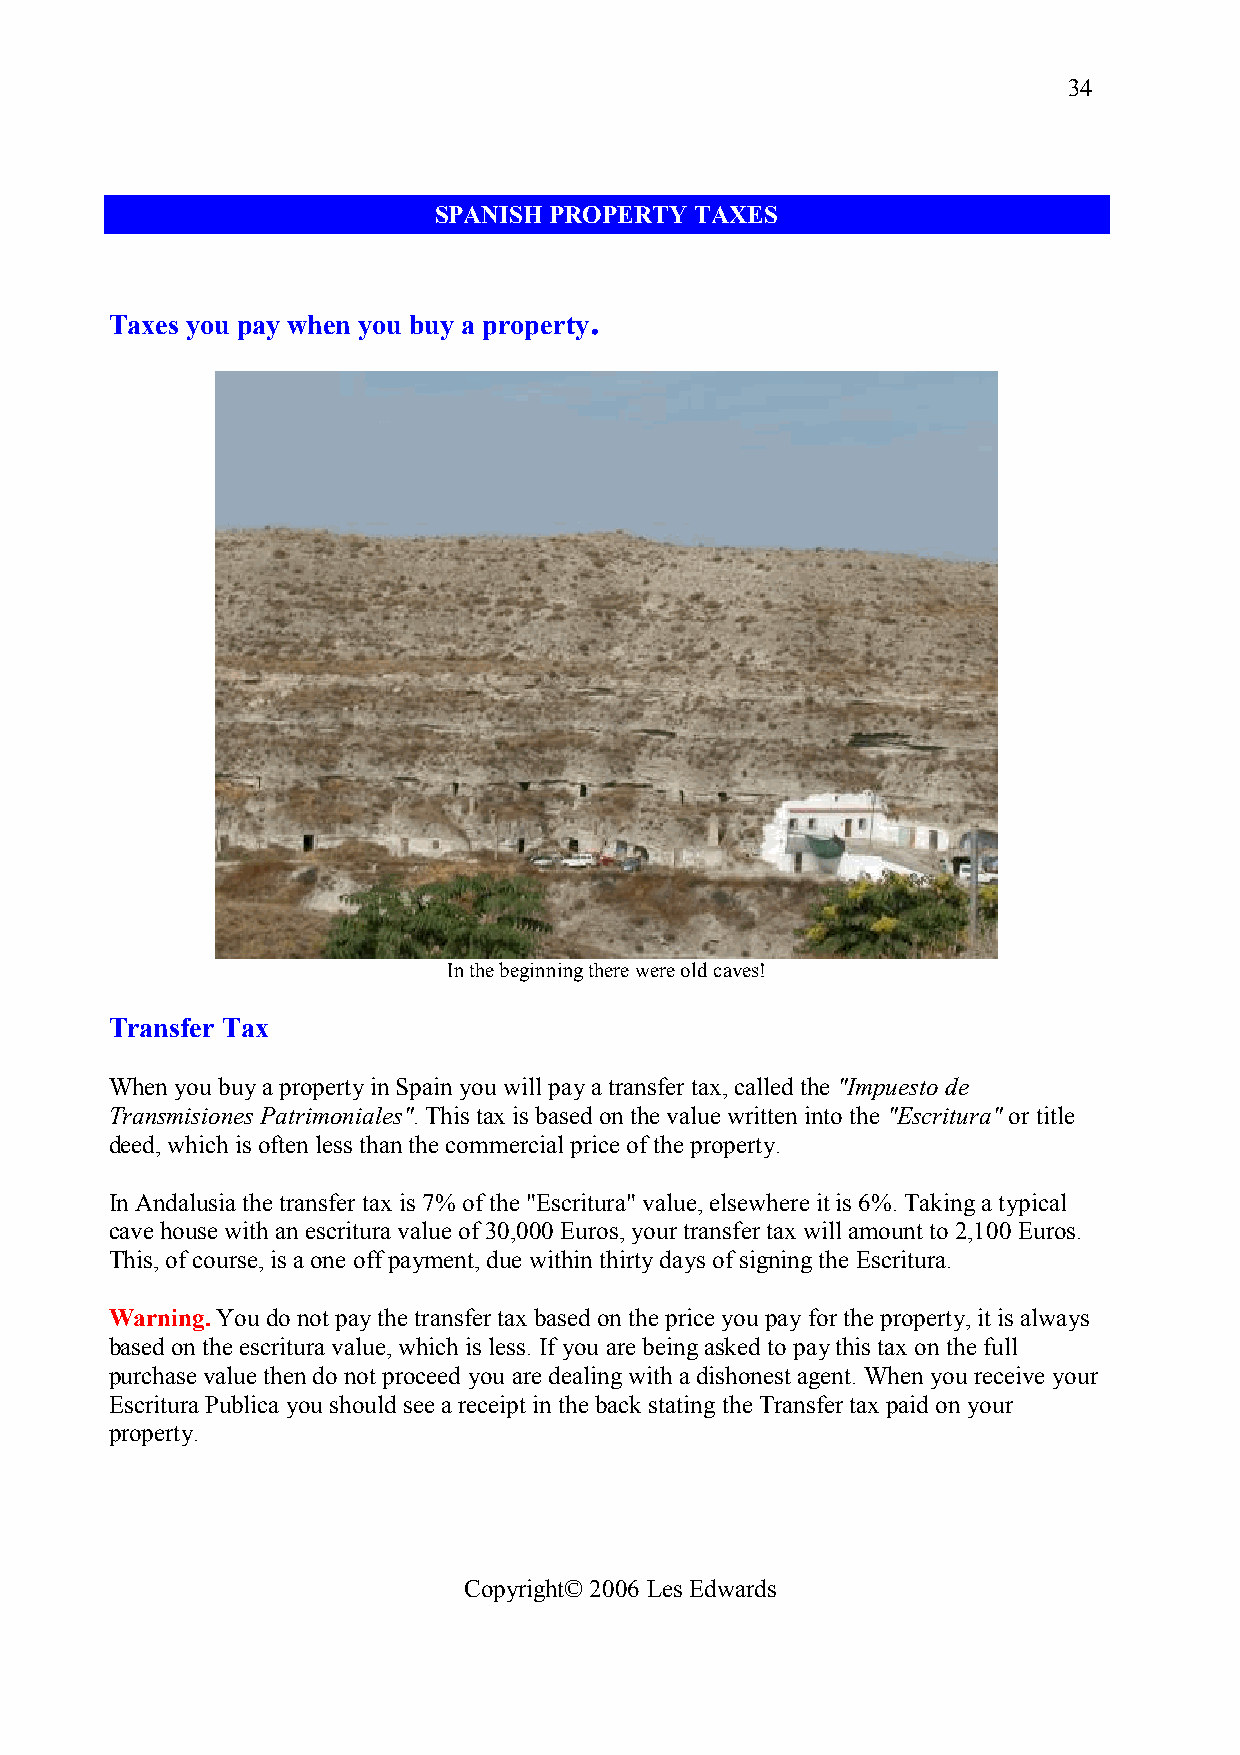
34
 SPANISH PROPERTY TAXES
 .
 Taxes you pay when you buy a property
 In the beginning there were old caves!
 Transfer Tax
 When you buy a property in Spain you will pay a transfer tax, called the "Impuesto de
 Transmisiones Patrimoniales". This tax is based on the value written into the "Escritura" or title
 deed, which is often less than the commercial price of the property.
 In Andalusia the transfer tax is 7% of the "Escritura" value, elsewhere it is 6%. Taking a typical
 cave house with an escritura value of 30,000 Euros, your transfer tax will amount to 2,100 Euros.
 This, of course, is a one off payment, due within thirty days of signing the Escritura.
 Warning. You do not pay the transfer tax based on the price you pay for the property, it is always
 based on the escritura value, which is less. If you are being asked to pay this tax on the full
 purchase value then do not proceed you are dealing with a dishonest agent. When you receive your
 Escritura Publica you should see a receipt in the back stating the Transfer tax paid on your
 property.
 Copyright© 2006 Les Edwards